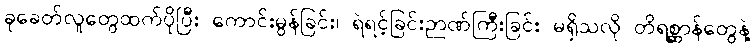
ခုခေတ်လူတွေထက်ပိုပြီး ကောင်းမွန်ခြင်း၊ ရဲရင့်ခြင်းဉာဏ်ကြီးခြင်း မရှိသလို တိရစ္ဆာန်တွေနဲ့